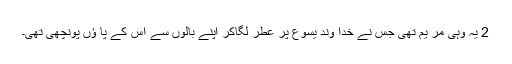
2 یہ وہی مر یم تھی جس نے خدا وند یسوع پر عطر لگاکر اپنے بالوں سے اس کے پا ؤں پونچھی تھی۔